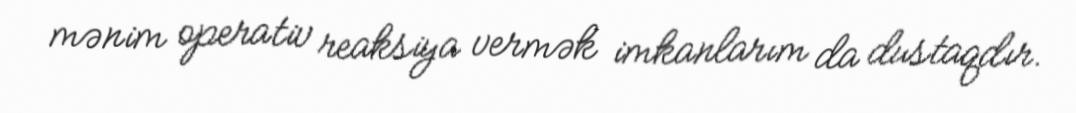
mənim operativ reaksiya vermək imkanlarım da dustaqdır.